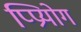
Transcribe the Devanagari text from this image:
प्प्रियोग